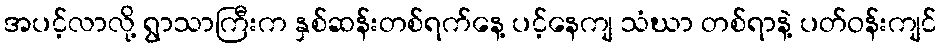
အပင့်လာလို့ ရွာသာကြီးက နှစ်ဆန်းတစ်ရက်နေ့ ပင့်နေကျ သံဃာ တစ်ရာနဲ့ ပတ်ဝန်းကျင်